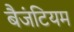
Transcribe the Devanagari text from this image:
बैजंटियम